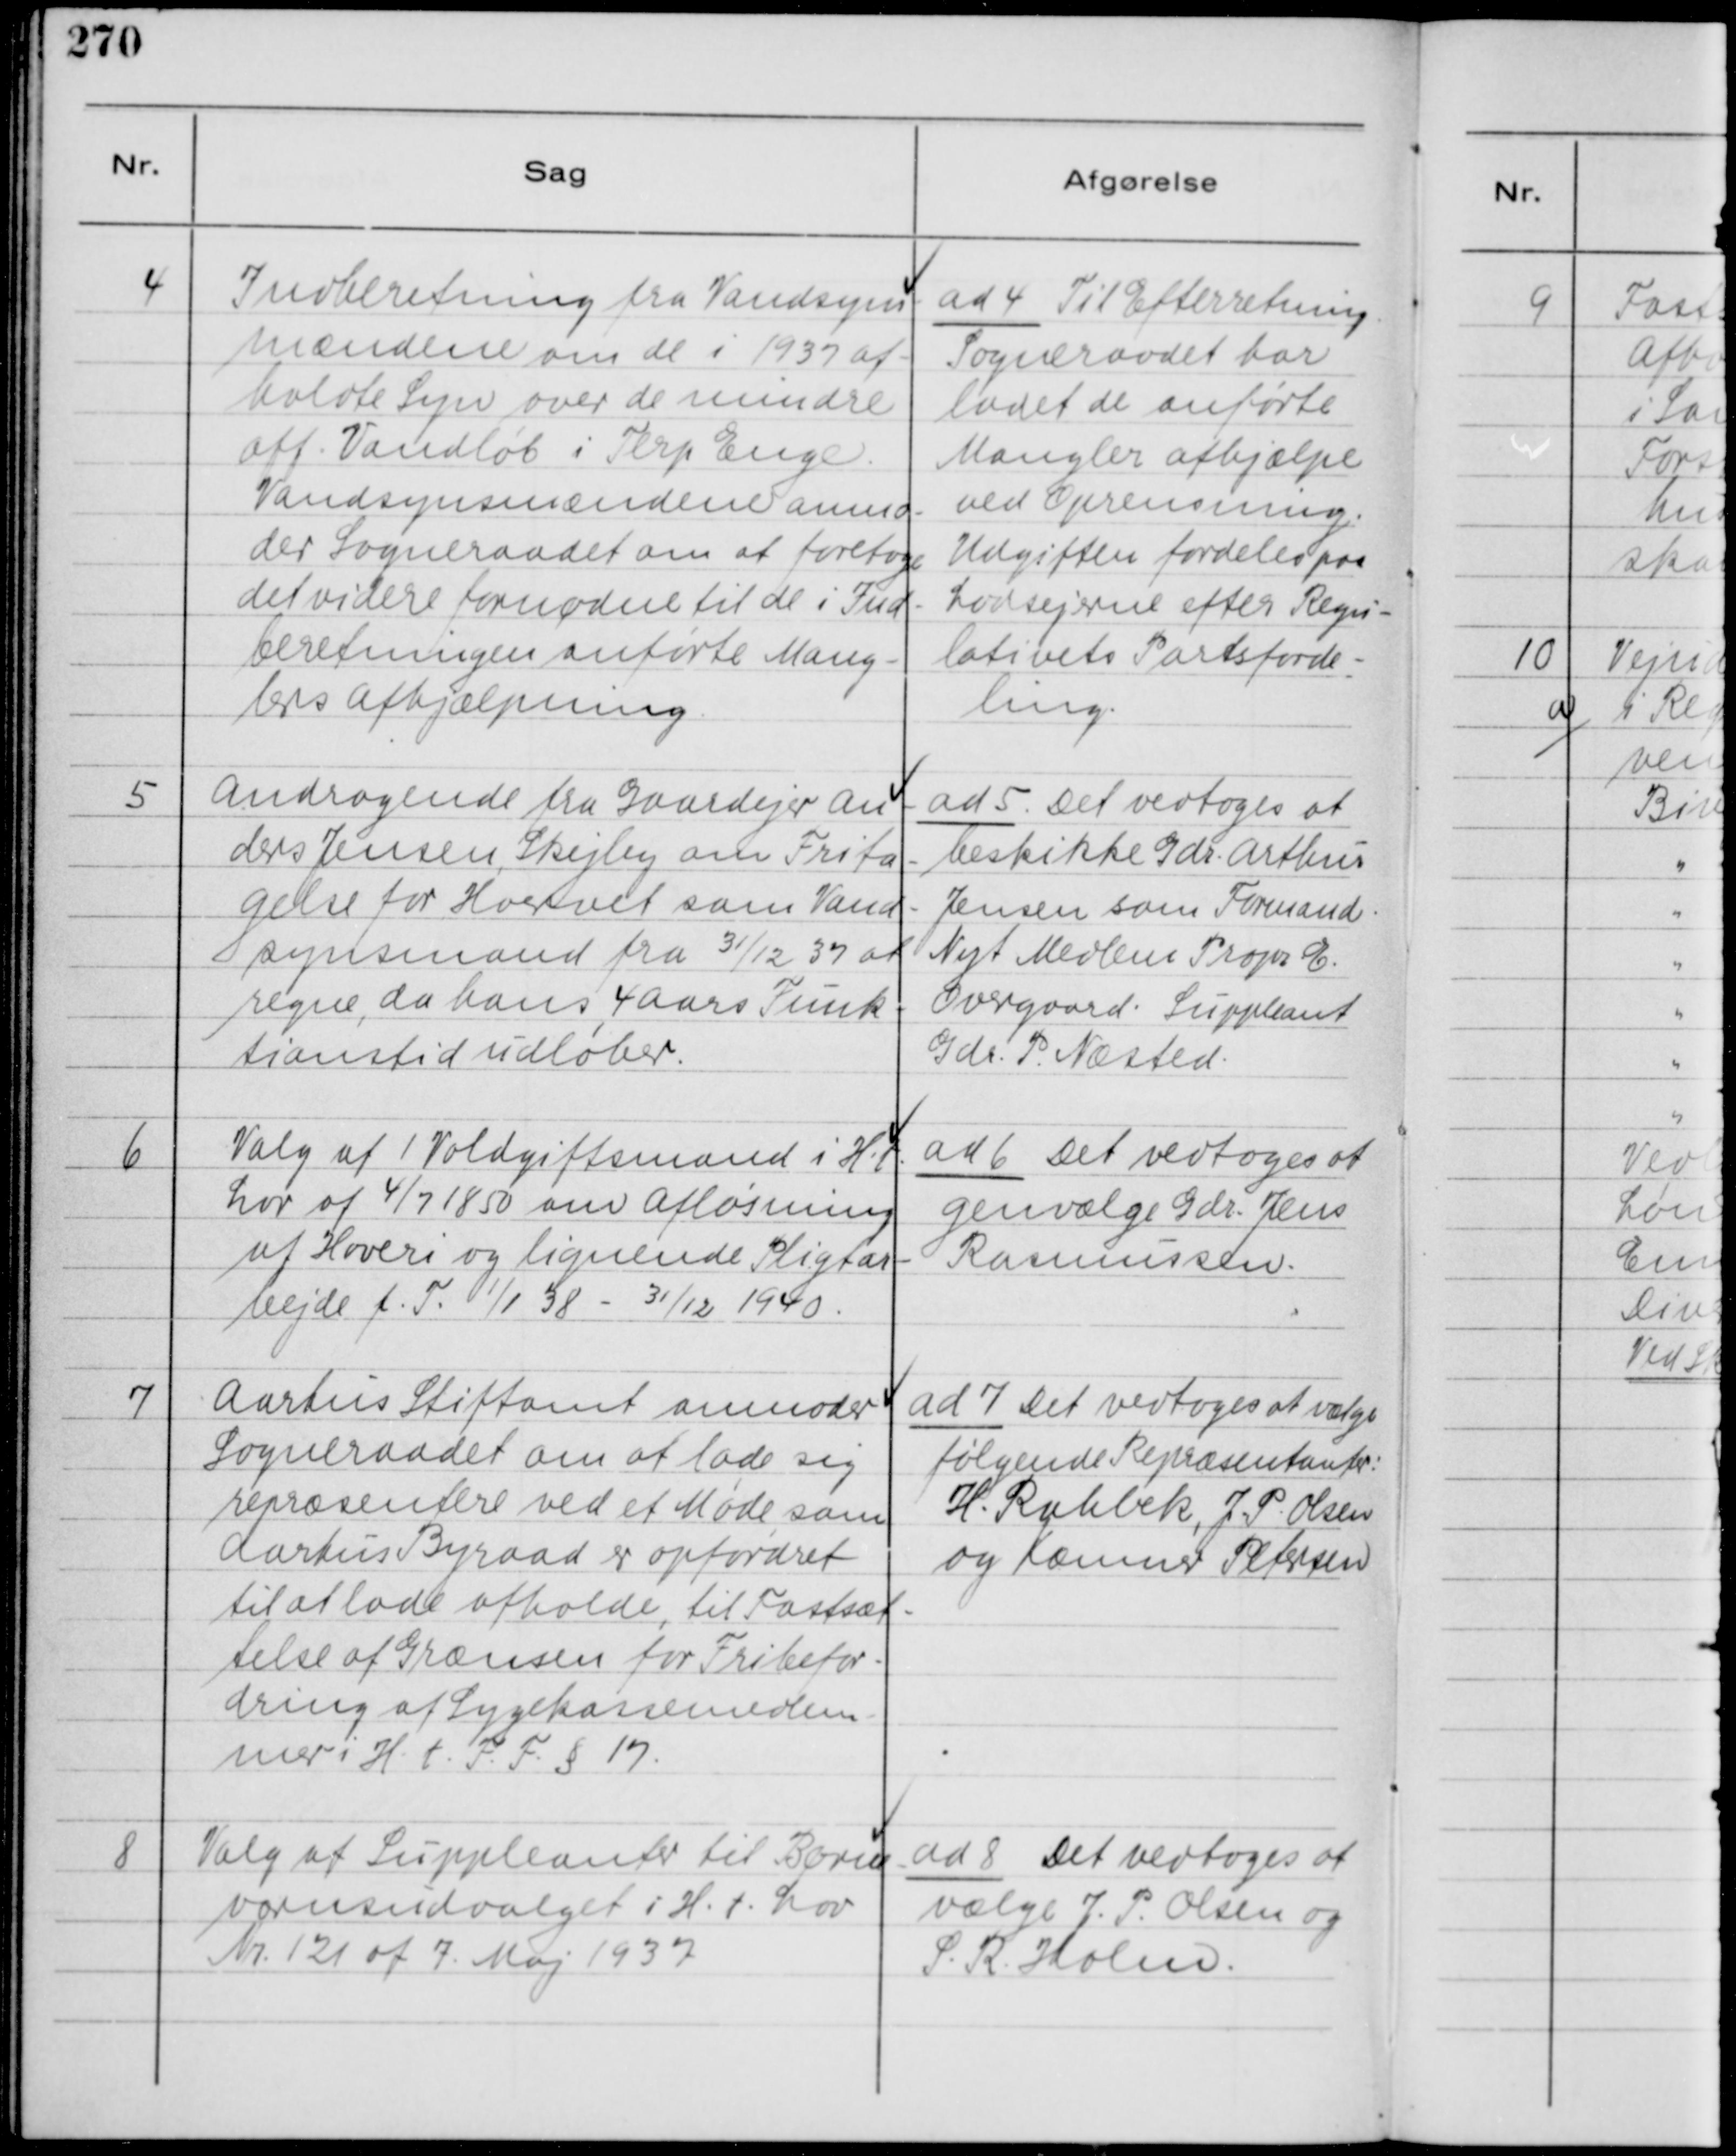
Transskription:
4
Indberetning fra Vandsyns-
mændene om de i 1937 af-
holdte Syn over de mindre
off. Vandløb i Terp Enge.
Vandsynsmændene anmo-
der Sogneraadet om at foretage
det videre fornødne til de i Ind-
beretningen anførte Mang-
lers Afhjælpning.

ad 4 Til Efterretning.
Sogneraadet har
ladet de anførte
Mangler afhjælpe
ved Oprensning.
Udgiften fordeles paa
Lodsejerne efter Regu-
lativets Partsforde-
ling.

5
Andragende fra Gaardejer An-
ders Jensen, Skejby om Frita-
gelse for Hvervet som Vand-
synsmand fra 31/12 37 at
regne, da hans 4 aars Funk-
tionstid udløber.

ad 5. Det vedtoges at
beskikke Gdr. Arthur
Jensen som Formand.
Nyt Medlem Propr. E.
Overgaard. Suppleant
Gdr. P. Næsted.

6
Valg af 1 Voldgiftsmand i H. t.
Lov af 4/7 1850 om Afløsming
af Hoveri og lignende Pligtar-
bejde f. T. 1/1 38 - 31/12 1940.

ad 6 Det vedtoges at
genvælge Gdr. Jens
Rasmussen.

7
Aarhus Stiftamt anmoder
Sogneraadet om at lade sig
repræsentere ved et Møde, som
Aarhus Byraad er opfordret
til at lade afholde, til Fastsæt-
telse af Grænsen for Fribefor-
dring af Sygekassemedlem-
mer i H. t. F. F. § 17.

ad 7
følgende Repræsentanter:
H. Rahbek, J. P. Olsen
og Kæmner Petersen

8
Valg af Suppleanter til Børne-
værnsudvalget i H. t. Lov
Nr. 121 af 7. Maj 1937

ad 8 Det vedtoges at
vælge J. P. Olsen og
S. R. Holm.